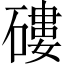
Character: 𥕍